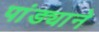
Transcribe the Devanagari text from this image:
पांड्याने